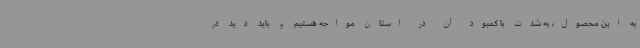
به این محصول، به شدت با کمبود آن در استان مواجه هستیم و باید دید در